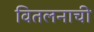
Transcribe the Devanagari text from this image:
वितलनाची